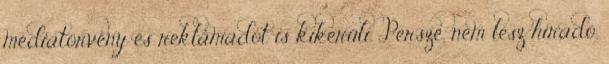
médiatörvény és reklámadót is kikerüli. Persze, nem lesz híradó,